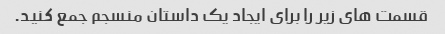
قسمت های زیر را برای ایجاد یک داستان منسجم جمع کنید.